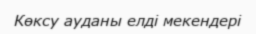
Көксу ауданы елді мекендері